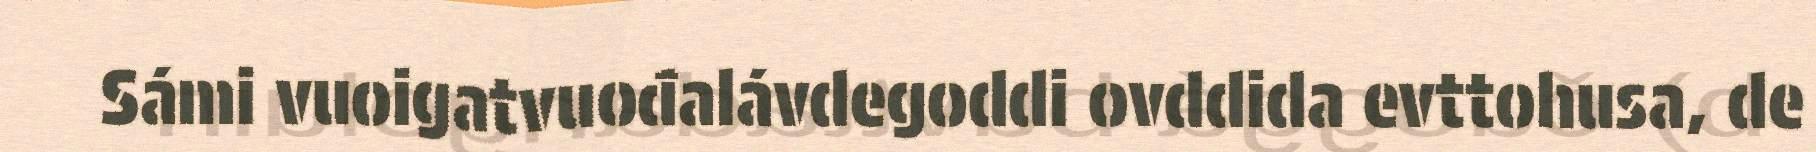
Sámi vuoigatvuođalávdegoddi ovddida evttohusa, de